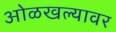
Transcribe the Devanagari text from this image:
ओळखल्यावर